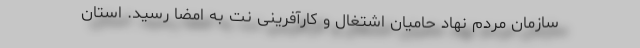
سازمان مردم نهاد حامیان اشتغال و کارآفرینی نت به امضا رسید. استان